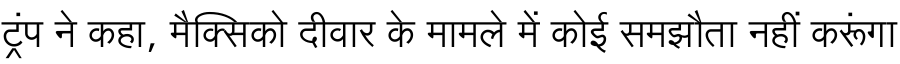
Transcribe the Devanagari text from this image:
ट्रंप ने कहा, मैक्सिको दीवार के मामले में कोई समझौता नहीं करूंगा